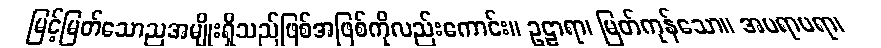
မြင့်မြတ်သောညအမျိုးရှိသည်ဖြစ်အဖြစ်ကိုလည်းကောင်း။ ဥဠာရာ၊ မြတ်ကုန်သော။ အပရာပရာ၊